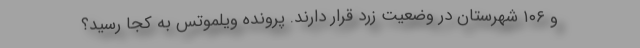
و ۱۰۶ شهرستان در وضعیت زرد قرار دارند. پرونده ویلموتس به کجا رسید؟